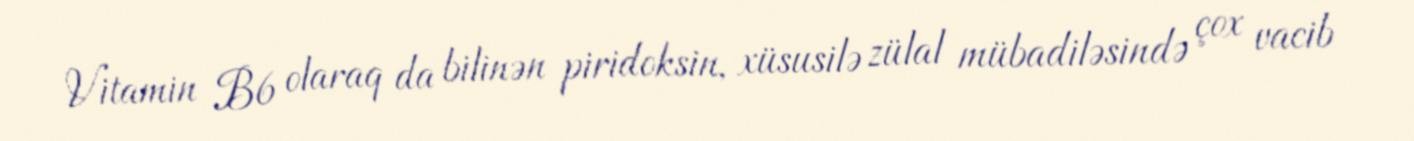
Vitamin B6 olaraq da bilinən piridoksin, xüsusilə zülal mübadiləsində çox vacib